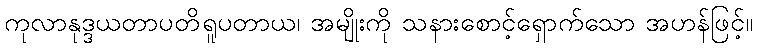
ကုလာနုဒ္ဒယတာပတိရူပတာယ၊ အမျိုးကို သနားစောင့်ရှောက်သော အဟန်ဖြင့်။